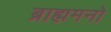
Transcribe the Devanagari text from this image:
ब्राह्ममनो